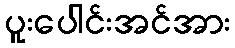
ပူးပေါင်းအင်အား